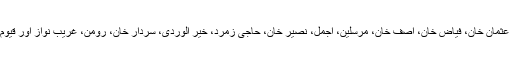
کرنل شجاع، ان کا دلیر افسر شوکت شاہ، سب انجینئر نوید مشتاق، بشیر، عثمان خان، فیاض خان، آصف خان، مرسلین، اجمل، نصیر خان، حاجی زمرد، خیر الوردی، سردار خان، رومن، غریب نواز اور قیوم خان موقع پر شہید ہو گئے جبکہ زخمیوں میں کچھ کی حالت نازک ہے۔